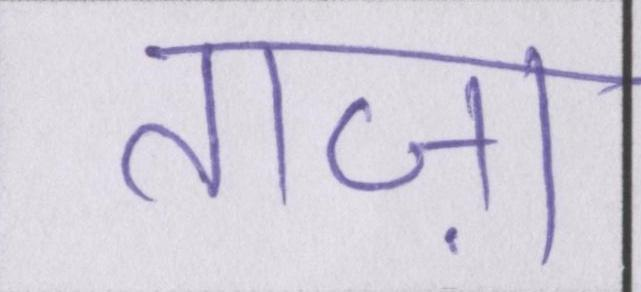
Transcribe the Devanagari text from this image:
ताज़ा